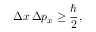
\Delta x \, \Delta p _ { x } \geq { \frac { \hbar } { 2 } } ,